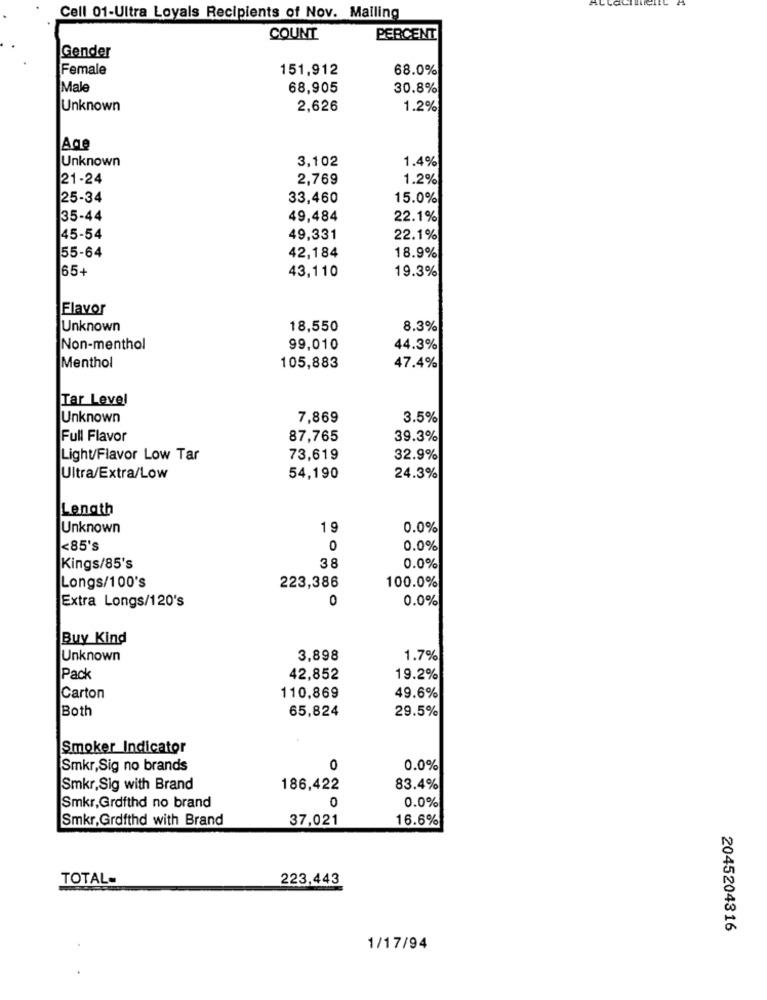
Cell 01-Ultra Loyals Recipients of Nov. Malling
COUNT
PERCENT
Gender
Female
151,912
68.0%
Male
68,905
30.8%
Unknown
2,626
1.2%
Age
Unknown
3,102
1.4%
21-24
2,769
1.2%
25-34
33,460
15.0%
35-44
49,484
22.1%
45-54
49,331
22.1%
55-64
42,184
18.9%
65+
43,110
19.3%
Flavor
Unknown
18,550
8.3%
Non-menthol
99,010
44.3%
Menthol
105,883
47.4%
Tar Level
Unknown
7,869
3.5%
Full Flavor
87,765
39.3%
Light/Flavor Low Tar
73,619
32.9%
Ultra/Extra/Low
54,190
24.3%
Length
Unknown
19
0.0%
<85's
0
0.0%
38
Kings/85's
0.0%
100.0%
Longs/100's
223,386
Extra Longs/120's
0
0.0%
Buy Kind
Unknown
3,898
1.7%
Pack
42,852
19.2%
Carton
110,869
49.6%
Both
65,824
29.5%
Smoker Indicator
Smkr,Sig no brands
0
0.0%
Smkr,Sig with Brand
186,422
83.4%
0
0.0%
Smkr,Grdfthd no brand
Smkr, Grofthd with Brand
37,021
16.6%
TOTAL-
223,443
2045204316
1/17/94